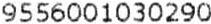
9556001030290